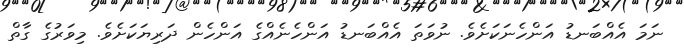
ނަމަ އެއްބަނޑު އަންހެނަކަށެވެ. ނުވަތަ އެއްބަނޑު އަންހެނެއްގެ އަންހެން ދަރިޔަކަށެވެ. މިވަރުގެ ގާތް